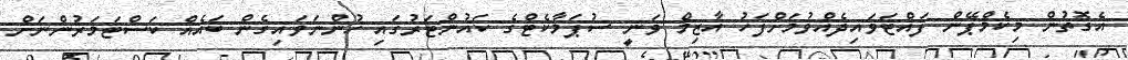
އެގޮތުން މިކެމްޕޭން ފައްޓަވައިދެއްވުމަށްފަހު އާޒިމް ވަނީ ސުޕަމާކެޓްގެ ކައުންޓަރުގައި ހުންނަވައިގެން ބައެއް ކަސްޓަމަރުންނަށް